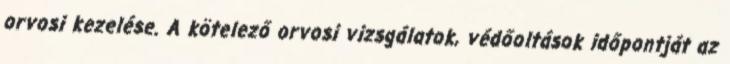
orvosi kezelése. A kötelező orvosi vizsgálatok, védőoltások időpontját az